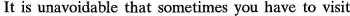
It is unavoidable that sometimes you have to visit